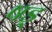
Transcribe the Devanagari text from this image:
षड्‍